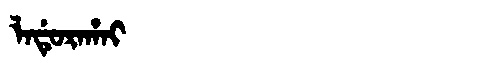
Manchu: ᠯᠠᡩᡠᡵᠠᡥᠠᡳ
Romanization: LADURAHAI